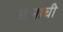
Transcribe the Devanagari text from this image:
घानाची